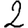
Digit: 2